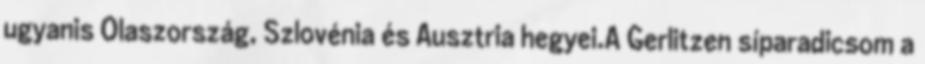
ugyanis Olaszország, Szlovénia és Ausztria hegyei.A Gerlitzen síparadicsom a